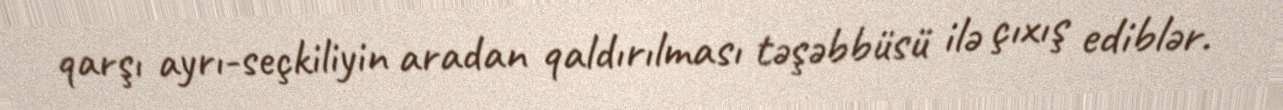
qarşı ayrı-seçkiliyin aradan qaldırılması təşəbbüsü ilə çıxış ediblər.